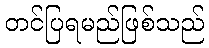
တင်ပြရမည်ဖြစ်သည်